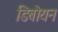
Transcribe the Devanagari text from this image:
डिबोयन